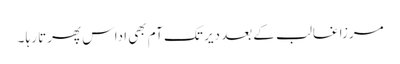
مرزا غالب کے بعد دیر تک آم بھی اداس پھرتا رہا ۔